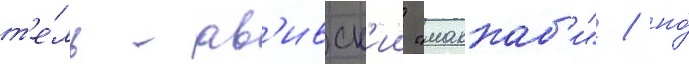
т'е́ль-ав'ивск'ии "маккаб'и" / но́